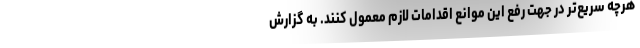
هرچه سریع‌تر در جهت رفع این موانع اقدامات لازم معمول کنند. به گزارش